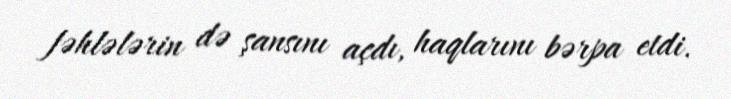
fəhlələrin də şansını açdı, haqlarını bərpa etdi.